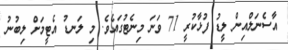
އާސެނަލްއިން ލީޑު ފުޅާކުރީ 71 ވަނަ މިނެޓުގައެވެ. މި ލަނޑު އެޓީމަށް ލިބުނު